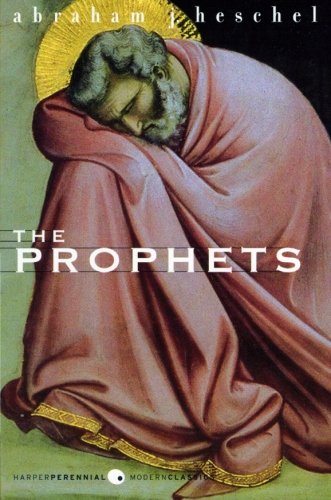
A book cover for The Prophets (Perennial Classics); Abraham J. Heschel; Politics & Social Sciences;